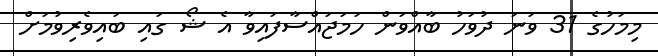
މިމަހުގެ 31 ވަނަ ދުވަހު ބާއްވަން ހަމަޖައްސާފައިވާ އެ ޝޯ ގައި ބައިވެރިވުމަށް